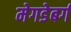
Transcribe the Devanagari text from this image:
मेगडेबर्ग